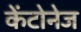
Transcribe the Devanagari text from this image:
केंटोनेज